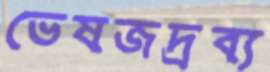
ভেষজদ্রব্য